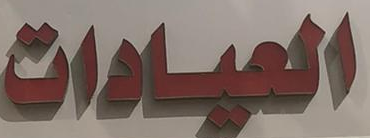
العيادات